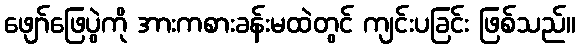
ဖျော်ဖြေပွဲကို အားကစားခန်းမထဲတွင် ကျင်းပခြင်း ဖြစ်သည်။